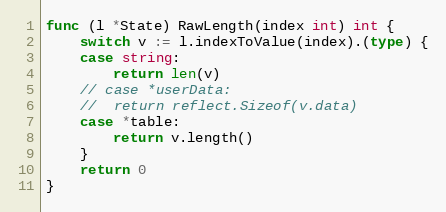
Language: Go
func (l *State) RawLength(index int) int {
	switch v := l.indexToValue(index).(type) {
	case string:
		return len(v)
	// case *userData:
	// 	return reflect.Sizeof(v.data)
	case *table:
		return v.length()
	}
	return 0
}